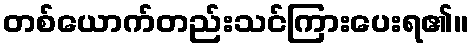
တစ်ယောက်တည်းသင်ကြားပေးရ၏။